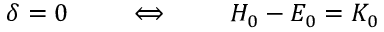
\delta = 0 \qquad \iff \qquad H _ { 0 } - E _ { 0 } = K _ { 0 }